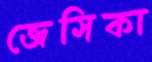
জেসিকা